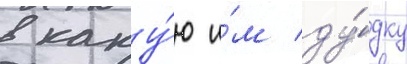
в каку́ю и́м ду́дку